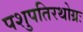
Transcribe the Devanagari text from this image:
पशुपतिरथोग्रः